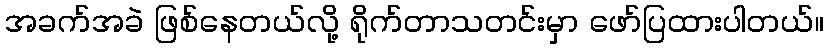
အခက်အခဲ ဖြစ်နေတယ်လို့ ရိုက်တာသတင်းမှာ ဖော်ပြထားပါတယ်။